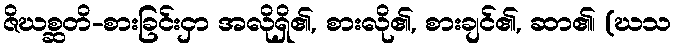
ဇိဃစ္ဆတိ-စားခြင်းငှာ အလိုရှိ၏, စားလို၏, စားချင်၏, ဆာ၏၊ (ဃသ